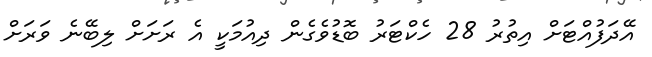
އޭދަފުއްޓަށް އިތުރު 28 ހެކްޓަރު ބޮޑުވެގެން ދިއުމަކީ އެ ރަށަށް ލިބޭނެ ވަރަށް